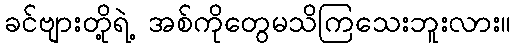
ခင်ဗျားတို့ရဲ့ အစ်ကိုတွေမသိကြသေးဘူးလား။